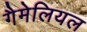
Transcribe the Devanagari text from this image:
गैमेलियल